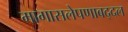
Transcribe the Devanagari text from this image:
मागासलेपणाबद्दल